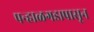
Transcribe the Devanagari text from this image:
पन्हाळगडापासून